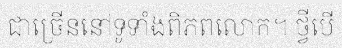
ជាច្រើននៅទូទាំងពិភពលោក។ ថ្វីបើ